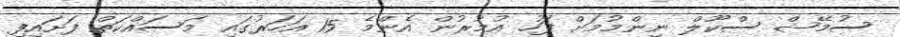
ސުމޭޝް ސްކޫލް ނިންމުމަށް ފަހު އުމުރުން އެންމެ 15 އަހަރުގައި މަސައްކަތް ފަށައިފި